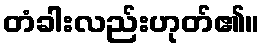
တံခါးလည်းဟုတ်၏။